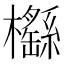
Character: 櫾